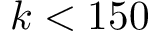
k < 1 5 0